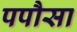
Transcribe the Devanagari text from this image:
पपौसा